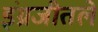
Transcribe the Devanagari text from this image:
इंग्रजीतले